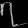
Digit: ၇